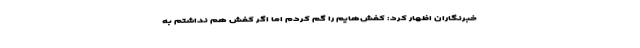
خبرنگاران اظهار کرد: کفش‌هایم را گم کردم اما اگر کفش هم نداشتم به